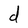
Character: d